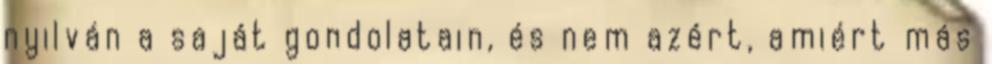
nyilván a saját gondolatain, és nem azért, amiért más